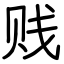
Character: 贱